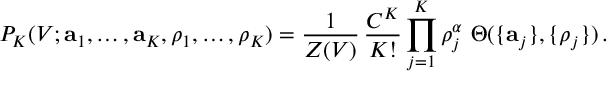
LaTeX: P _ { K } ( V ; { \bf a } _ { 1 } , \ldots , { \bf a } _ { K } , \rho _ { 1 } , \ldots , \rho _ { K } ) = \frac { 1 } { Z ( V ) } \, \frac { C ^ { K } } { K ! } \prod _ { j = 1 } ^ { K } \rho _ { j } ^ { \alpha } \ \Theta ( \{ { \bf a } _ { j } \} , \{ \rho _ { j } \} ) \, .